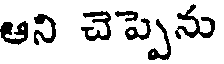
ఆని చెప్పెను